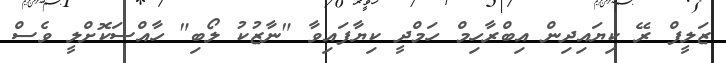
ޒަލީފް ރޭ ކިޔައިދިން އިބްރާހިމް ހަމްދީ ކިޔާފައިވާ "ނާޒުކު ލޯބި" ހާއްސަކޮށްލީ ވެސް